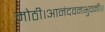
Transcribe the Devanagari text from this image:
मोठी।आनंदवनभुवनी।।